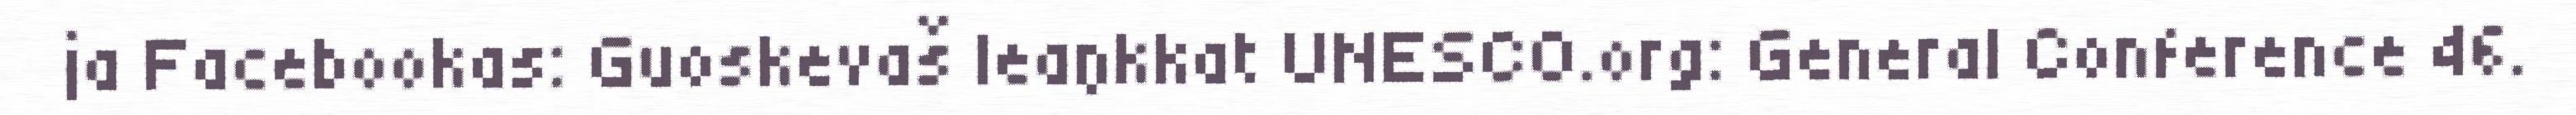
ja Facebookas: Guoskevaš leaŋkkat UNESCO.org: General Conference 46.